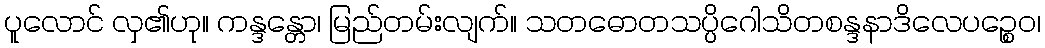
ပူလောင် လှ၏ဟု။ ကန္ဒန္တော၊ မြည်တမ်းလျက်။ သတဓောတသပ္ပိဂေါသိတစန္ဒနာဒိလေပဉ္စေဝ၊